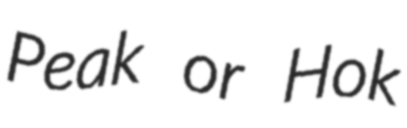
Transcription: Peak or Hok